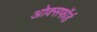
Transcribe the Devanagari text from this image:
ओक्सफॉर्ड